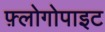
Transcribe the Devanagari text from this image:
फ़्लोगोपाइट